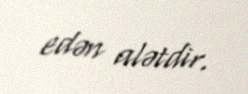
edən alətdir.